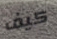
كيف